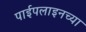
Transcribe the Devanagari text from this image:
पाईपलाइनच्या